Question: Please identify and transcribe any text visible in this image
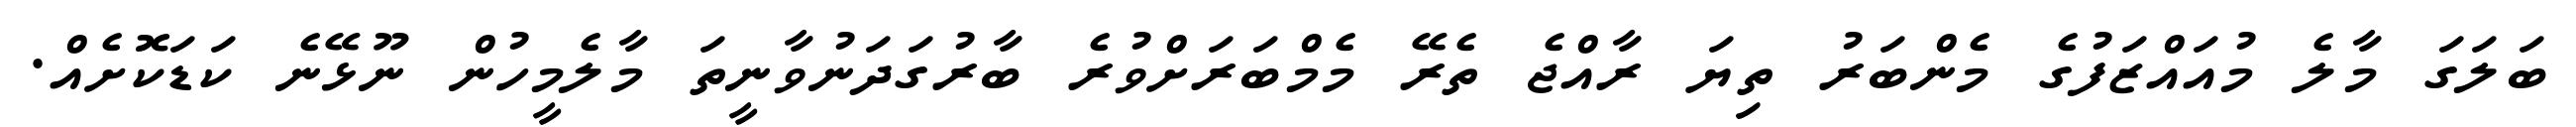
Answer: ބަލަގަ މާލެ މުއައްޒަފުގެ މެންބަރު ތިޔަ ރާއްޖެ ތެރޭ މެމްބަރަށްވުރެ ބާރުގަދަނުވާނީތަ މާލެމީހުން ނޫޅޭނެ ކަޑަކޮށެއް.